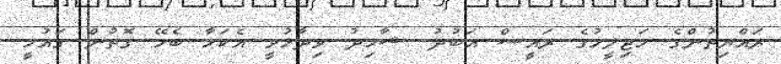
ރައްޔިތުންގެ މަޖިލީހުގެ ރައީސް އަބުދު ޝާޙިދު ވިދާޅުވީ އެކަމާ ބެހޭ ގޮތުން ގައުމީ